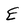
Character: E